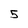
Character: 5